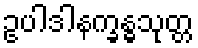
ဥပါဒါနက္ခန္ဓသုတ္တ